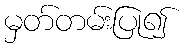
မှတ်တမ်းပြု၍